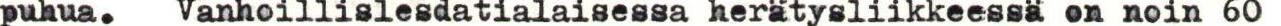
puhua. Vanhoillislesdatialaisessa herätysliikkeessä on noin 60